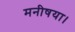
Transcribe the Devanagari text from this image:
मनीषया।